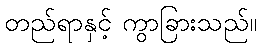
တည်ရာနှင့် ကွာခြားသည်။